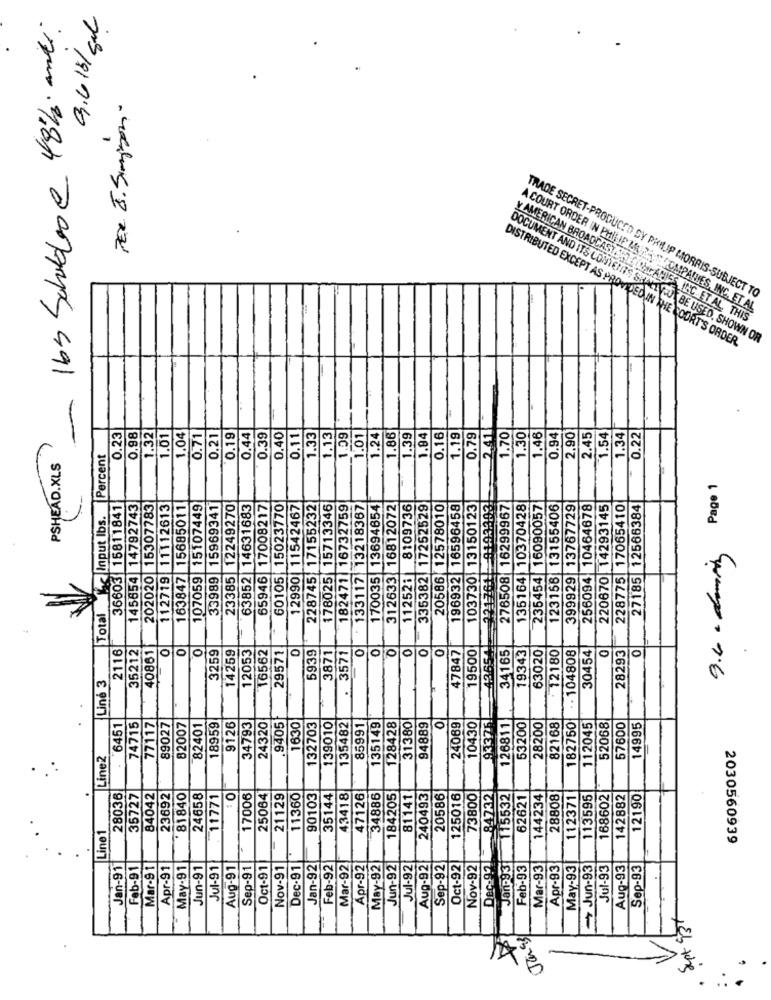
16s Schuldlose 48/. and:
9.616/ sal
PER J. Simpson.
TRADE SECRET-PRODUCTO DY PHILIP MORRIS-SUBJECT TO
A COURT ORDER IN PHILIE MAR COMPANIES, INC. ET AL
Y AMERICAN BROADCAST.TICOMPANIES INC ET AL, THIS
DOCUMENT AND ITS CONTENTS SHALTYOU BE USED. SHOWN OR
DISTRIBUTED EXCEPT AS PROVIDED IN THE COURT'S ORDER.
0.23
0.21
2.41
0.22
0.98
1.32
1.01
1.04
0.71
0.19
0.44
0.39
0.40
0.11
1.33
1.13
1.09
1.01
1.24
1.86
1.39
1.84
0.16
1.19
0.79
1.70
1.30
1.46
0.94
2.90
2.45
1.54
1.34
Percent
9.4 - doing Pago 1
36603 15811841
|14792743
15307783
11112613
163847 15685011
15107449
15969341
12249270
63852 14631683
17008217
15023770
11542467
228745 17155232
178025 15713346
182471 16732759
133117 13218367
170035 13694654
312633 16812072
8109736
335382 17252529
20586 12578010
196932 16596458
103730 13150123
22176119193303
276508 16299967
135164 10370428
16090057
13155406
13767729
10464678
14293145
228775 17065410
27185 12566384
Input lbs.
145654
202020
112719
107059
33989
23385
65946
60105
12990
112521
235454
123156
399929
256094
220670
Total
2116
40861
O
12053
16562
29571
3571
O
43654
34165
19343
63020
. . 104808
30454
28293
0
35212
O
3259
14259
0
5939
3871
0
or
0
47847
19500
12180
Line 3
77117
9405
135482
0
93375
126811
6451
74715
89027
82007
82401
18959
9126
34793
24320
1630
132703
139010
85991
135149
128428
31380
94889
24069
10430
53200
28200
82168
182750
112045
52068
57600
14995
Line2
84732|
28036
35727
84042
23692
81840
24658
11771
O
17006
25064
21129
11360
90103
35144
43418
47126
34886
184205
81141
240493
20586
125016
73800
115532
62621
144234
28808
112371
113595
168602
142882
12190
Line 1
2030560939
Jan-91
Feb-91
Mar-91
Apr-91
May-91
Jun-91
Jul-91
Aug-91
Sep-91
Oct-91
Nov-91
Dec-91
Jan-92
Feb-92
Mar-92
Apr-92
May-92
Jun-92
Jul-92
Aug-92
Sep-92
Oct-92
Nov-92
Dec-92
Jan-93
Feb-93
Mar-93
Apr-93
May-93
Jun-93
Jul-93
Aug-93
Sep-93
pt 93